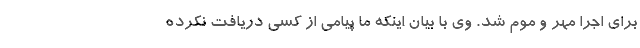
برای اجرا مهر و موم شد. وی با بیان اینکه ما پیامی از کسی دریافت نکرده